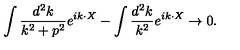
\int { \frac { d ^ { 2 } k } { k ^ { 2 } + p ^ { 2 } } } e ^ { i k \cdot X } - \int { \frac { d ^ { 2 } k } { k ^ { 2 } } } e ^ { i k \cdot X } \rightarrow 0 .